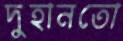
দুহানতো